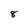
Character: 8